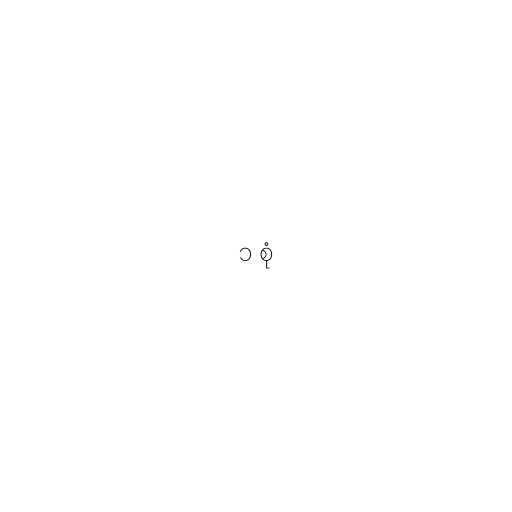
၁ စုံ